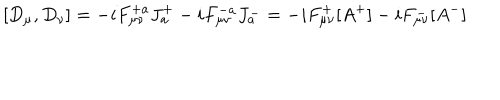
[ D _ { \mu } , D _ { \nu } ] = - i F _ { \mu \nu } ^ { + a } J _ { a } ^ { + } - i F _ { \mu \nu } ^ { - a } J _ { a } ^ { - } = - i F _ { \mu \nu } ^ { + } [ A ^ { + } ] - i F _ { \mu \nu } ^ { - } [ A ^ { - } ]